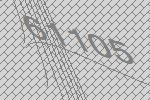
61105